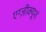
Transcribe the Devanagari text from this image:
एग्ज़ीक्यूशं